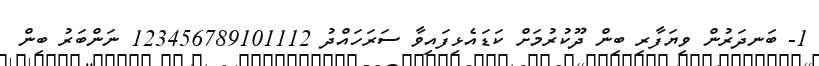
1- ބަނދަރުން ވިޔަފާރި ބިން ދޫކުރުމަށް ކަޑައެޅިފައިވާ ސަރަހައްދު 123456789101112 ނަންބަރު ބިން